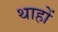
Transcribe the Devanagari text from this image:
थाहों